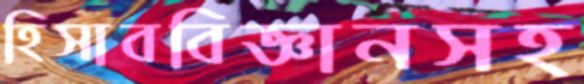
হিসাববিজ্ঞানসহ